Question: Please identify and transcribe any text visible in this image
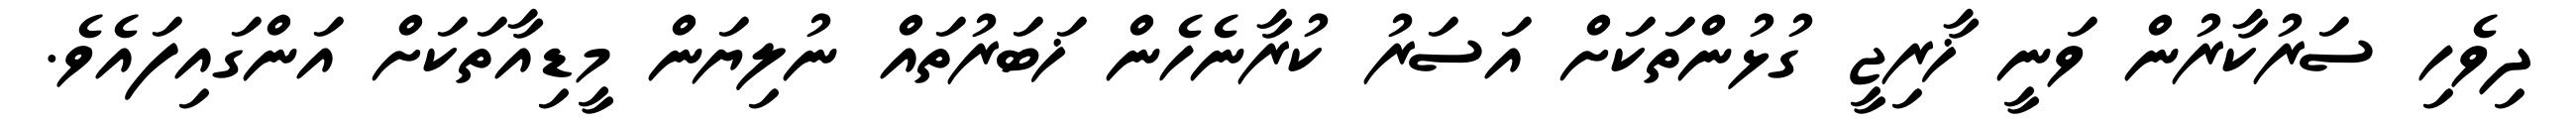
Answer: ދިވެހި ސަރުކާރުން ވަނީ ޚާރިޖީ ގުޅުންތަކަށް އަސަރު ކުރާނެހެން ޚަބަރުތައް ނުލިޔަން މީޑިއާތަކަށް އަންގައިފައެވެ.